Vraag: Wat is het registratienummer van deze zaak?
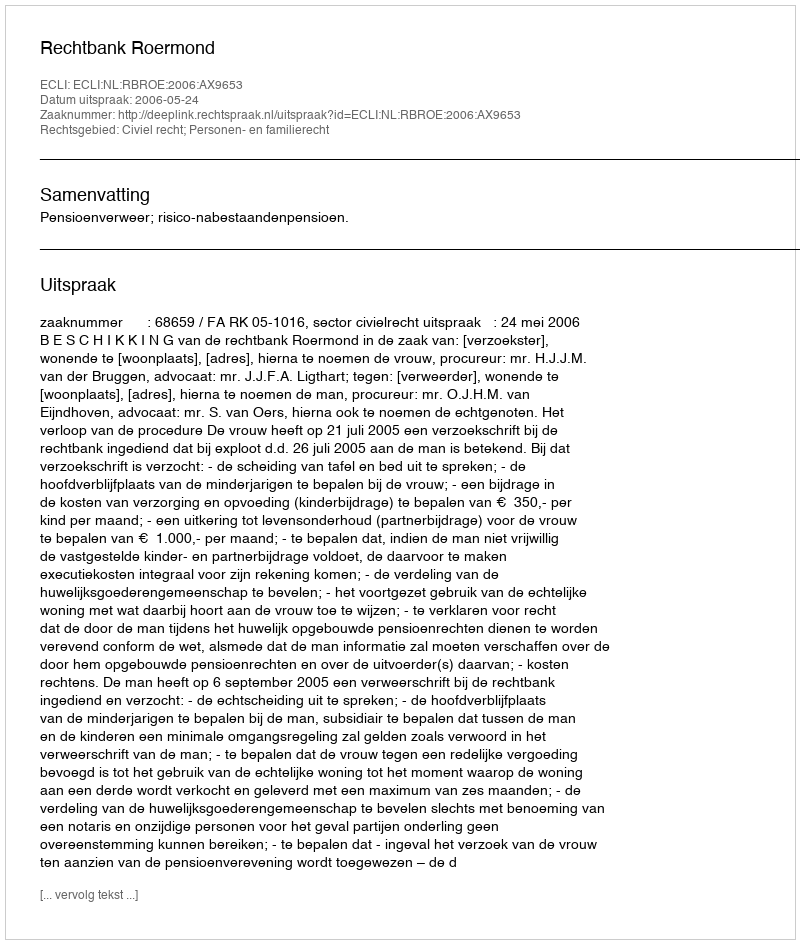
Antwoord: http://deeplink.rechtspraak.nl/uitspraak?id=ECLI:NL:RBROE:2006:AX9653